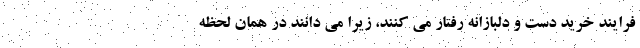
فرایند خرید دست و دلبازانه رفتار می کنند، زیرا می دانند در همان لحظه